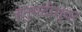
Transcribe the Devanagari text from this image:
हनुमदीश्वर